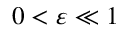
0 < \varepsilon \ll 1